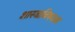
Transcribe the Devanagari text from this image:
शास्त्राविषयक